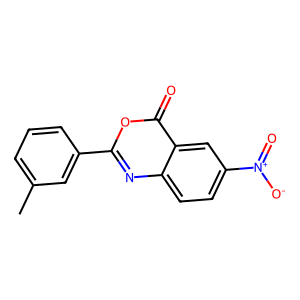
SMILES: Cc1cccc(-c2nc3ccc([N+](=O)[O-])cc3c(=O)o2)c1
Inhibits HIV replication: No